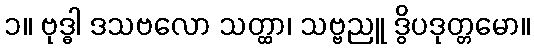
၁။ ဗုဒ္ဓါ ဒသဗလော သတ္ထာ၊ သဗ္ဗညူ ဒွိပဒုတ္တမော။